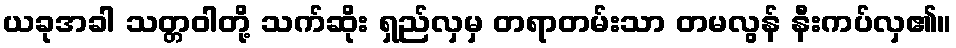
ယခုအခါ သတ္တဝါတို့ သက်ဆိုး ရှည်လှမှ တရာတမ်းသာ တမလွန် နီးကပ်လှ၏။